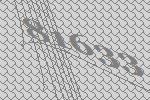
81633